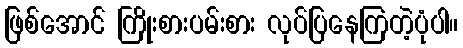
ဖြစ်အောင် ကြိုးစားပမ်းစား လုပ်ပြနေကြတဲ့ပုံပါ။